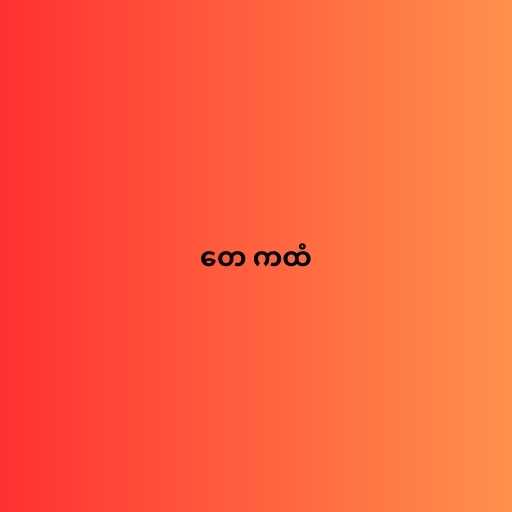
တေ ကထံ